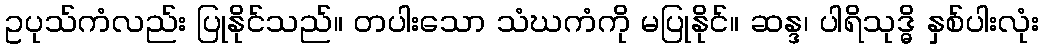
ဥပုသ်ကံလည်း ပြုနိုင်သည်။ တပါးသော သံဃကံကို မပြုနိုင်။ ဆန္ဒ၊ ပါရိသုဒ္ဓိ နှစ်ပါးလုံး